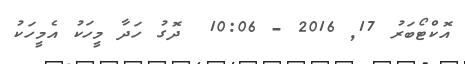
އޮކްޓޯބަރު 17